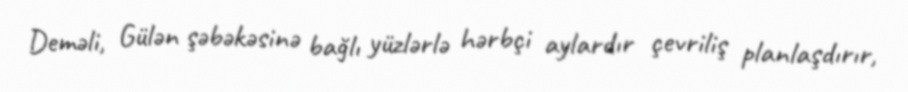
Deməli, Gülən şəbəkəsinə bağlı yüzlərlə hərbçi aylardır çevriliş planlaşdırır,